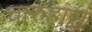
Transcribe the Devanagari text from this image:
चारुहासं